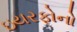
ઇયરફોનો